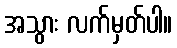
အသွား လက်မှတ်ပါ။